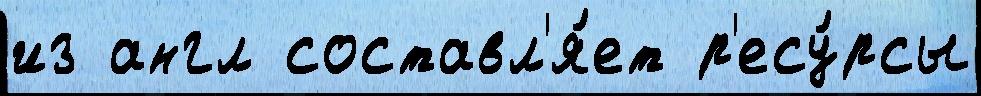
из англ составл'я́ет р'есу́рсы